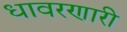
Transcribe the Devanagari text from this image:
धावरणारी